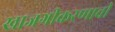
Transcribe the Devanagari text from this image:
खाजगीकरणाची